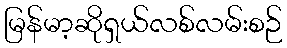
မြန်မာ့ဆိုရှယ်လစ်လမ်းစဉ်